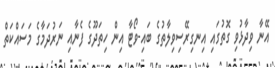
އޭނާ ވިދާޅުވި ގޮތުގައި އިނގިރޭސިވިލާތުގެ ބައި-ވޯޓާ އިން ހިތަދޫގެ ފެނާއި ނަރުދަމާގެ މަސައްކަތް